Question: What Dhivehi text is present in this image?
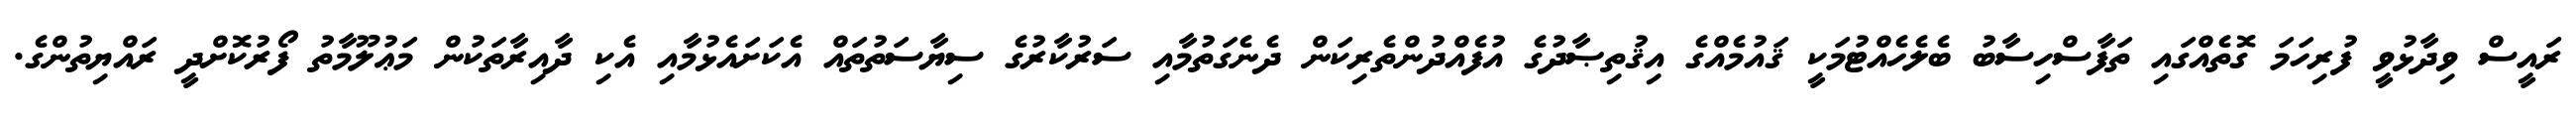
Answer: ރައީސް ވިދާޅުވީ ފުރިހަމަ ގޮތެއްގައި ތަފާސްހިސާބު ބެލެހެއްޓުމަކީ ޤައުމެއްގެ އިޤުތިޞާދުގެ އުފެއްދުންތެރިކަން ދެނެގަތުމާއި ސަރުކާރުގެ ސިޔާސަތުތައް އެކަށައެޅުމާއި އެކި ދާއިރާތަކުން މަޢުލޫމާތު ފޯރުކޮށްދީ ރައްޔިތުންގެ.